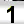
Digit: 1